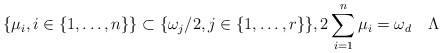
\begin{align*} \{ \mu_i, i \in \{ 1,\ldots, n\} \} \subset \{\omega_j/2, j \in \{ 1,\ldots,r \} \}, 2 \sum_{i=1}^n \mu_i = \omega_d \ \ \ \Lambda \end{align*}